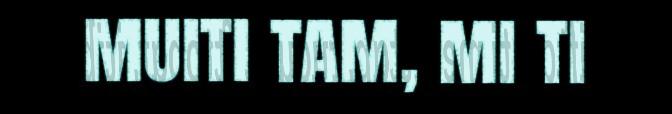
muiti tam, mi ti